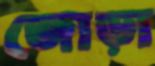
জোড়া